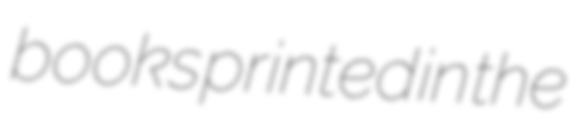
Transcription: books printed in the